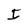
Character: I